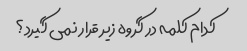
کدام کلمه در گروه زیر قرار نمی گیرد؟